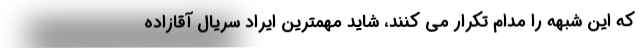
که این شبهه را مدام تکرار می کنند، شاید مهمترین ایراد سریال آقازاده